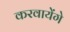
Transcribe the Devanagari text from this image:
करवायेंगे